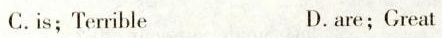
C.is;Terrible D.are;Creat